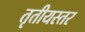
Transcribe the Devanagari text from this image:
तृतीयस्तर